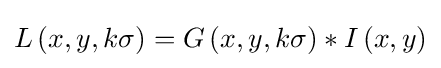
L\left(x,y,k\sigma \right)=G\left(x,y,k\sigma \right)*I\left(x,y\right)